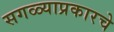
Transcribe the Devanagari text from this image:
सगळ्याप्रकारचे